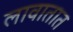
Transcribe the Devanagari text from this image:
लावातात